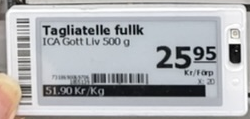
Vara: Tagliatelle fullk
Genomsnittspris: 51.9 per kg